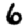
Digit: 6